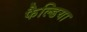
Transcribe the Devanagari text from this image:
फैल्डिया